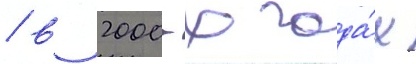
/ в 2000-х года́х